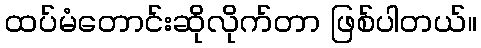
ထပ်မံတောင်းဆိုလိုက်တာ ဖြစ်ပါတယ်။